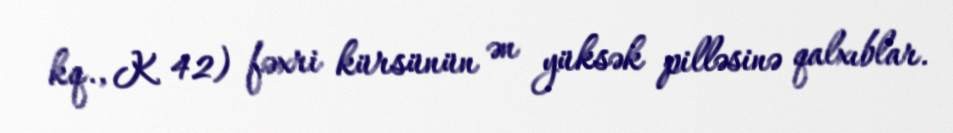
kq., K 42) fəxri kürsünün ən yüksək pilləsinə qalxıblar.